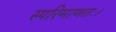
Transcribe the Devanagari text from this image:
स्परिमाणतः।